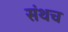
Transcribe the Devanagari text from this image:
संथच